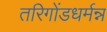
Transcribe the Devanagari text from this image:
तरिगोंडधर्मन्न